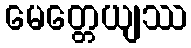
မေတ္တေယျဿ